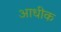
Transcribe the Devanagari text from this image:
आधीक